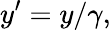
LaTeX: y^{\prime}=y/\gamma,